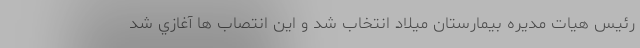
رئيس هيات مديره بيمارستان ميلاد انتخاب شد و اين انتصاب ها آغازي شد